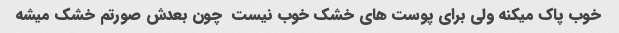
خوب پاک میکنه ولی برای پوست های خشک خوب نیست  چون بعدش صورتم خشک میشه